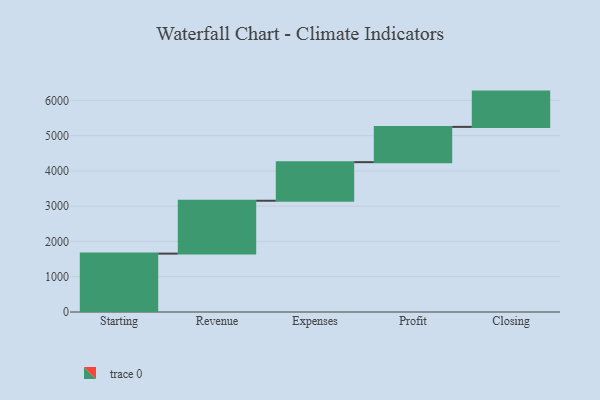
{"axis": {"x": "Step", "y": "Value"}, "legend": [""], "data": [{"x": "Starting", "y": 1655.0, "type": ""}, {"x": "Revenue", "y": 1499.0, "type": ""}, {"x": "Expenses", "y": 1094.0, "type": ""}, {"x": "Profit", "y": 1000, "type": ""}, {"x": "Closing", "y": 1000, "type": ""}]}